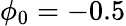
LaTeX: \phi_{0}=-0.5